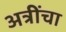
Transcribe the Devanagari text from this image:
अत्रींचा